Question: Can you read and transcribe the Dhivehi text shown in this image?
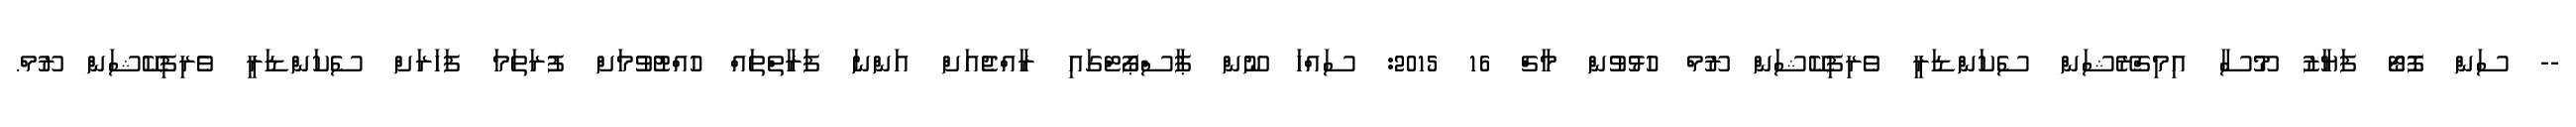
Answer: -- ސަން ފޮޓޯ ފަޔާޒު މޫސާ އިމިގްރޭޝަން ސެކަންޑަރީ ވެރިފިކޭޝަން ރޫމް ހުޅުވުން މާޗް 16 2015: ސައްހަ ނޫން ޕާސްޕޯޓްގައި ރާއްޖެއަށް އަންނަ ފަރާތްތައް ހުއްޓުވުމަށް ފުރަތަމަ ފަހަރަށް ސެކަންޑަރީ ވެރިފިކޭޝަން ރޫމް.